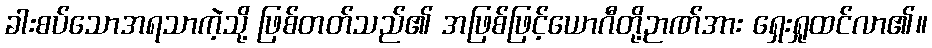
ခါးစပ်သောအရသာကဲ့သို့ ဖြစ်တတ်သည်၏ အဖြစ်ဖြင့်ယောဂီတို့ဉာဏ်အား ရှေးရှုထင်လာ၏။